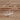
بك